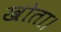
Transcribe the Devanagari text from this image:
खोता।